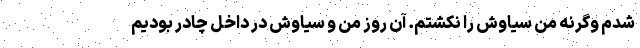
شدم وگرنه من سیاوش را نکشتم. آن روز من و سیاوش در داخل چادر بودیم